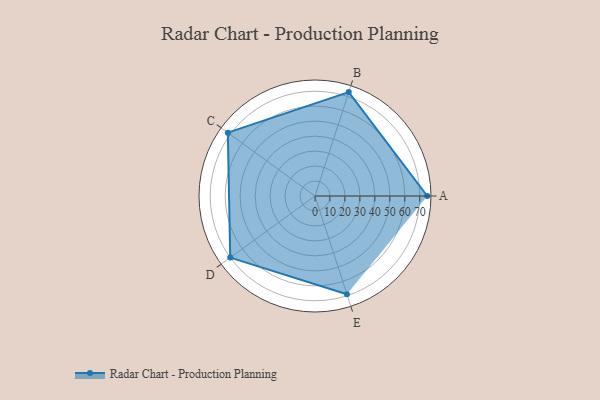
{"axis": {"x": "Skill", "y": "Score"}, "legend": ["Profile"], "data": [{"x": "A", "y": 75.0, "type": "Profile"}, {"x": "B", "y": 73.0, "type": "Profile"}, {"x": "C", "y": 72.0, "type": "Profile"}, {"x": "D", "y": 70.0, "type": "Profile"}, {"x": "E", "y": 69.0, "type": "Profile"}]}